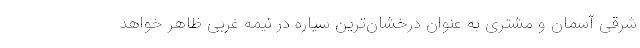
شرقی آسمان و مشتری به عنوان درخشان‌ترین سیاره در نیمه غربی ظاهر خواهد